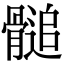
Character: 𩪀